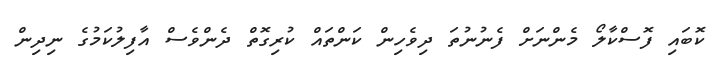
ކޮބައި ފޮސްކާލޯ މެންނަށް ފެނުނުތަ ދިވެހިން ކަންތައް ކުރިގޮތް ދެންވެސް އާފިލުކަމުގެ ނިދިން